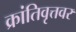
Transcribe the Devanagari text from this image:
क्रांतिवृत्तवर